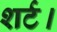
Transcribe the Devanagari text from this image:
शर्ट।